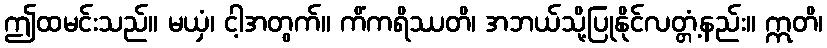
ဤထမင်းသည်။ မယှံ၊ ငါ့အတွက်။ ကိံကရိဿတိ၊ အဘယ်သို့ပြုနိုင်လတ္တံ့နည်း။ ဣတိ၊